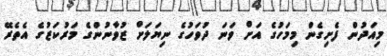
މިއަދުން ފެށިގެން މިމަހުގެ އަށް ވަނަ ދުވަހުގެ ނިޔަލަށް ޒުވާނުންގެ މަރުކަޒުގެ އެތެރޭ